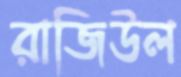
রাজিউল